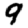
Digit: 9